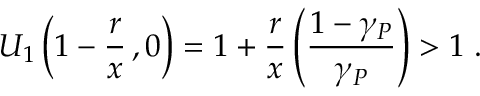
U _ { 1 } \left( 1 - \frac { r } { x } \, , 0 \right) = 1 + \frac { r } { x } \left( \frac { 1 - \gamma _ { P } } { \gamma _ { P } } \right) > 1 \; .